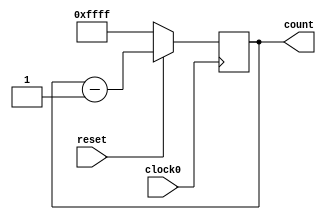
// This program was cloned from: https://github.com/tangxifan/micro_benchmark
// License: MIT License

/////////////////////////////////////////
//  Functionality: 16 bit down counter 
////////////////////////////////////////

module counterdown16_1clk_posedge_sync_resetn(clock0, reset, count);

	input clock0, reset;
	output [15:0] count;
	reg [15:0] count;  

	initial begin
      	  count <= 16'hffff;
    	end                                    

	always @ (posedge clock0) begin
		if (reset == 1'b0) begin
			count <= 16'hffff;
		end 
		else begin
			count <= count - 1;
		end
	end

endmodule